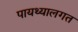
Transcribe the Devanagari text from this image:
पायथ्यालगत